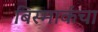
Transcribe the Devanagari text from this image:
बिस्मार्कचा